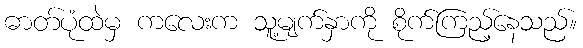
ဓာတ်ပုံထဲမှ ကလေးက သူ့မျက်နှာကို စိုက်ကြည့်နေသည်။